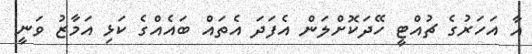
އާ އަހަރުގެ ޗުއްޓީ ހޭދަކޮށްލަން އެފަދަ އެތައް ބައެއްގެ ކަޅި އަމާޒު ވަނީ